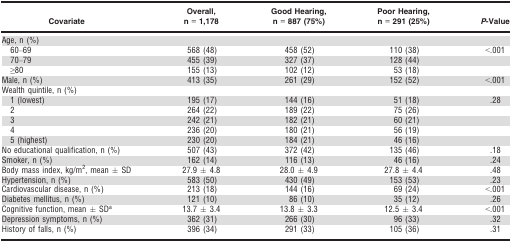
| Covariate | Overall, n = 1,178 | Good Hearing, n = 887 (75%) | Poor Hearing, n = 291 (25%) | P‐Value |
 | --- | --- | --- | --- | --- |
 | <COLSPAN=5> Age, n (%) |
 | 60–69 | 568 (48) | 458 (52) | 110 (38) | <.001 |
 | 70–79 | 455 (39) | 327 (37) | 128 (44) |  |
 | ≥80 | 155 (13) | 102 (12) | 53 (18) |  |
 | Male, n (%) | 413 (35) | 261 (29) | 152 (52) | <.001 |
 | <COLSPAN=5> Wealth quintile, n (%) |
 | 1 (lowest) | 195 (17) | 144 (16) | 51 (18) | .28 |
 | 2 | 264 (22) | 189 (22) | 75 (26) |  |
 | 3 | 242 (21) | 182 (21) | 60 (21) |  |
 | 4 | 236 (20) | 180 (21) | 56 (19) |  |
 | 5 (highest) | 230 (20) | 184 (21) | 46 (16) |  |
 | No educational qualification, n (%) | 507 (43) | 372 (42) | 135 (46) | .18 |
 | Smoker, n (%) | 162 (14) | 116 (13) | 46 (16) | .24 |
 | Body mass index, kg/m2, mean ± SD | 27.9 ± 4.8 | 28.0 ± 4.9 | 27.8 ± 4.4 | .48 |
 | Hypertension, n (%) | 583 (50) | 430 (49) | 153 (53) | .23 |
 | Cardiovascular disease, n (%) | 213 (18) | 144 (16) | 69 (24) | <.001 |
 | Diabetes mellitus, n (%) | 121 (10) | 86 (10) | 35 (12) | .26 |
 | Cognitive function, mean ± SDa | 13.7 ± 3.4 | 13.8 ± 3.3 | 12.5 ± 3.4 | <.001 |
 | Depression symptoms, n (%) | 362 (31) | 266 (30) | 96 (33) | .32 |
 | History of falls, n (%) | 396 (34) | 291 (33) | 105 (36) | .31 |